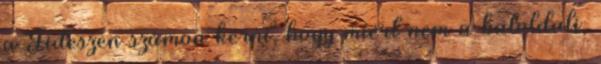
a Fideszen számon kérni, hogy miért nem a baloldali,